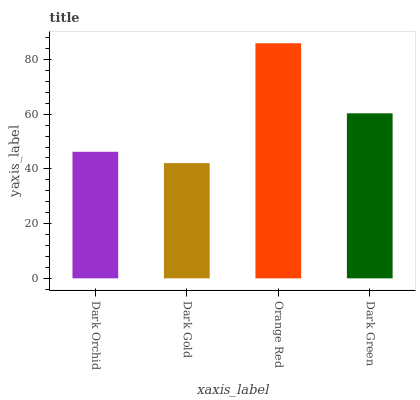
| xaxis_label | bars |
 | --- | --- |
 | Dark Orchid | 46.3 |
 | Dark Gold | 42.1 |
 | Orange Red | 86 |
 | Dark Green | 60.3 |